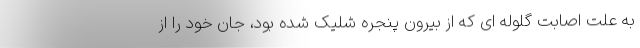
به علت اصابت گلوله ای که از بیرون پنجره شلیک شده بود، جان خود را از